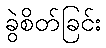
ခွဲစိတ်ခြင်း